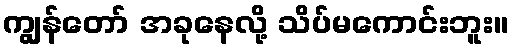
ကျွန်တော် အခုနေလို့ သိပ်မကောင်းဘူး။